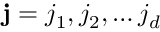
\mathbf { j } = j _ { 1 } , j _ { 2 } , \dots j _ { d }